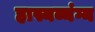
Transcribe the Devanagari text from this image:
हास्यव्यंग्य